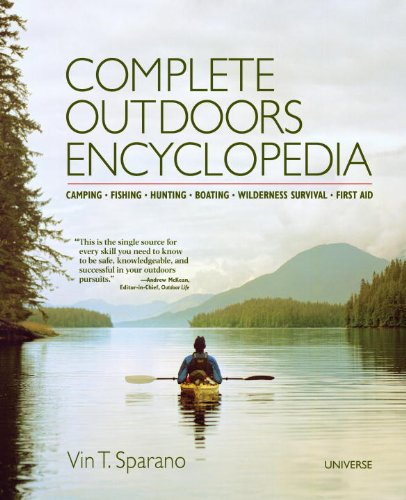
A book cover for Complete Outdoors Encyclopedia: Camping, Fishing, Hunting, Boating, Wilderness Survival, First Aid; Vin T. Sparano; Reference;